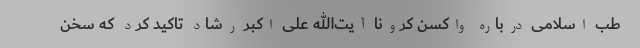
طب اسلامی درباره واکسن کرونا آیت‌الله علی اکبر رشاد تاکید کرد که سخن